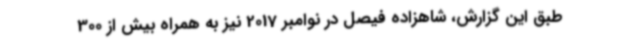
طبق این گزارش، شاهزاده فیصل در نوامبر 2017 نیز به همراه بیش از 300